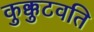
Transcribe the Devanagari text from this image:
कुक्कुटवति